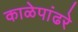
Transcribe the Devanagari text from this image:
काळेपांढरे